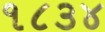
૧૮૩૪